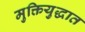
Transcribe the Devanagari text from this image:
मुक्तियुद्धात